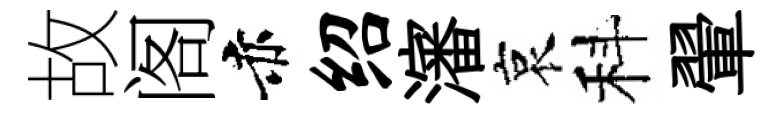
故阁赤绍瀋哀科翬